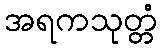
အရကသုတ္တံ